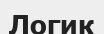
Логик